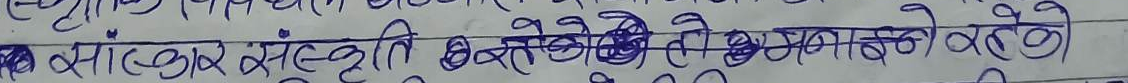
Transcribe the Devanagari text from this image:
क संस्कार संस्कृति बदलन बदलन सक्ने रहेको